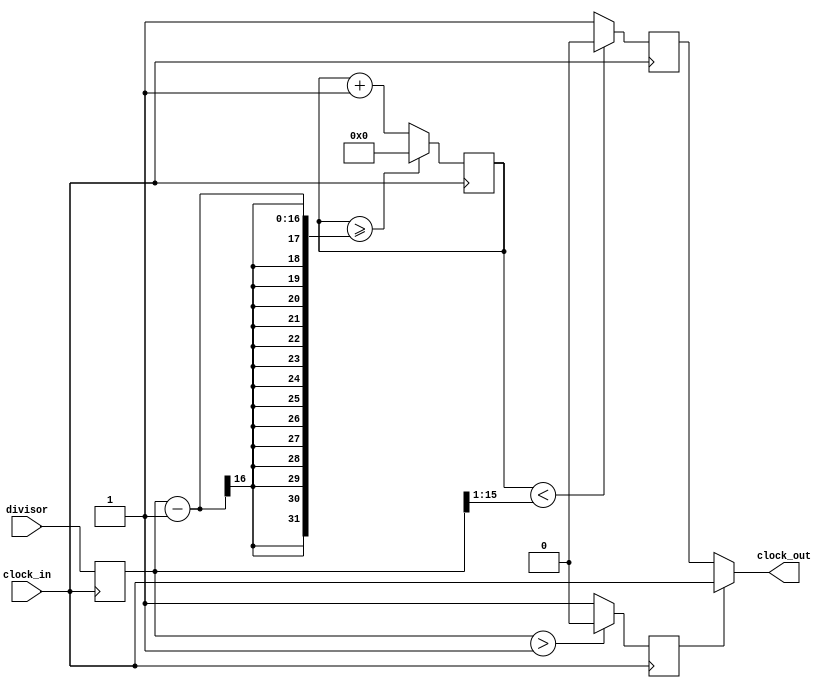

module Clock_divider
(
input clock_in,
input [15:0] divisor,
output clock_out
);

reg [15:0] divisor_reg;
	always @ (posedge clock_in)	divisor_reg <= divisor ;
	
reg clock_generado,bypass;

always @ (posedge clock_in)
	bypass <= (divisor_reg > 1)? 1'b0 : 1'b1 ;
		
assign clock_out = (bypass == 1'b1) ? clock_in : clock_generado;

reg[15:0] counter=16'd0;


always @(posedge clock_in)
begin

 counter <= counter + 16'd1;
 
 if(counter >= (divisor_reg-1))
	counter <= 16'd0;

	clock_generado <= (counter < (divisor_reg >> 1))? 1'b0 : 1'b1 ;

end
endmodule